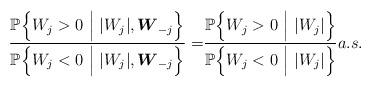
LaTeX: \begin{align*} \frac{\mathbb{P}\Big\{W_j > 0 \ \Big|\ |W_j|, \boldsymbol{W}_{-j}\Big\}}{\mathbb{P}\Big\{W_j < 0 \ \Big|\ |W_j|, \boldsymbol{W}_{-j}\Big\}} =& \frac{\mathbb{P}\Big\{W_j > 0 \ \Big|\ |W_j| \Big\}}{\mathbb{P}\Big\{W_j < 0 \ \Big|\ |W_j|\Big\}}a.s.\end{align*}